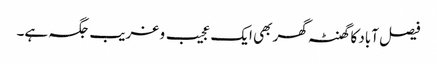
فیصل آباد کا گھنٹہ گھر بھی ایک عجیب و غریب جگہ ہے۔